Medical and sanitary report of the native army of Bengal for the year
Year: 1877
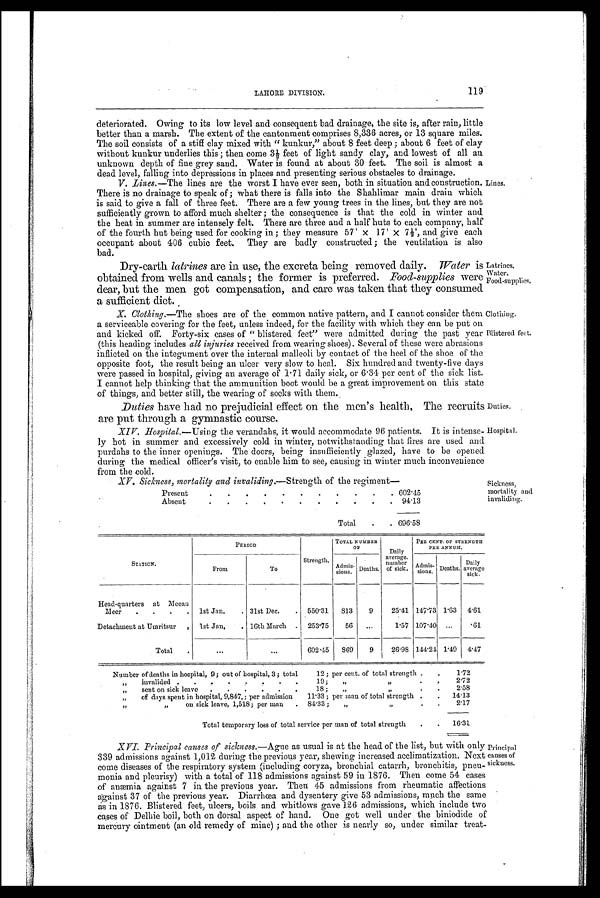
Clothing.
Blistered feet.
Duties.
Hospital.
LAHORE DIVISION.
119
deteriorated. Owing to its low level and consequent bad drainage, the site is, after rain, little
better than a marsh. The extent of the cantonment comprises 8,336 acres, or 13 square miles.
The soil consists of a stiff clay mixed with "kunkur," about 8 feet deep; about 6 feet of clay
without kunkur underlies this ; then come 3½ feet of light sandy clay, and lowest of all an
unknown depth of fine grey sand. Water is found at about 30 feet. The soil is almost a
dead level, falling into depressions in places and presenting serious obstacles to drainage.
V. Lines.—The lines are the worst I have ever seen, both in situation and construction.
There is no drainage to speak of; what there is falls into the Shahlimar main drain which
is said to give a fall of three feet. There are a few young trees in the lines, but they are not
sufficiently grown to afford much shelter ; the consequence is that the cold in winter and
the heat in summer are intensely felt. There are three and a half huts to each company, half
of the fourth hut being used for cooking in ; they measure 57' x 17' x 7½', and give each
occupant about 406 cubic feet. They are badly constructed ; the ventilation is also
bad.
Dry-earth latrines are in use, the excreta being removed daily. Water is
obtained from wells and canals ; the former is preferred. Food-supplies were
dear, but the men got compensation, and care was taken that they consumed
a sufficient diet.
Lines.
Latrines.
Water.
Food-supplies.
X. Clothing.—The shoes are of the common native pattern, and I cannot consider them
a serviceable covering for the feet, unless indeed, for the facility with which they can be put on
and kicked off. Forty-six cases of "blistered feet" were admitted during the past year
(this heading includes all injuries received from wearing shoes). Several of these were abrasions
inflicted on the integument over the internal malleoli by contact of the heel of the shoe of the
opposite foot, the result being an ulcer very slow to heal. Six hundred and twenty-five days
were passed in hospital, giving an average of 1.71 daily sick, or 6.34 per cent of the sick list.
I cannot help thinking that the ammunition boot would be a great improvement on this state
of things, and better still, the wearing of socks with them.
Duties have had no prejudicial effect on the men's health, The recruits
are put through a gymnastic course.
XIV. Hopital.— Using the verandahs, it would accommodate 96 patients. It is intense-
ly hot in summer and excessively cold in winter, notwithstanding that fires are used and
purdahs to the inner openings. The doors, being insufficiently glazed, have to be opened
during the medical officer's visit, to enable him to see, causing in winter much inconvenience
from the cold.
XV. Sickness, mortality and invaliding.—Strength of the regiment—
Present
.
.
.
.
.
.
.
.
.
.
.
602.45
Absent
.
.
.
.
.
.
.
.
.
.
. 94.13
Total
.
. 696.58
Sickness,
mortality and
invaliding.
STATION.
PERIOD
Strength.
TOTAL NUMBER
OF
Daily
average.
number
of sick.
PER CENT. OF STRENGTH
PER ANNUAL.
From
To
Admis-
sions. Deaths.
Admis-
sions. Deaths.
Daily
average
sick-
Head-quarters at Meean
Meer
.
.
.
.
1st Jan.
. 31st Dec.
.
550.31
813
9
25.41 147.73 1.63
4.61
Detachment at Umritsur
,
1st Jan. . 16th March
.
253.75
56
...
1.57 107.40 ...
.61
Total
...
...
602.45
869
9 26.98 144.21 1.49 4.47
Number of deaths in hospital, 9 ; out of hospital, 3 ; total
12 ; per cent. of total strength .
. 1.72
„
invalided .
.
.
.
.
.
.
.
19;
,, ,,
.
. 2.72
„
sent on sick leave
.
.
.
.
.
.
18 ;
,, ,,
.
2.58
„
of days spent in hospital, 9,847, ; per admission
11.33 ; per man of total strength .
. 14.13
,, ,,
on sick leave, 1,518; per man
.
84.33;
„
,,
.
.
2.17
Total temporary loss of total service per man of total strength
.
.
16.31
XVI. Principal causes of sickness.— Ague as usual is at the head of the list, but with only
339 admissions against 1,012 during the previous year, shewing increased acclimatization. Next
come diseases of the respiratory system (including coryza, bronchial catarrh, bronchitis, pneu-
monia and pleurisy) with a total of 118 admissions against 59 in 1876. Then come 54 cases
o f a n æ m i a a g a i n s t 7 i n t h e p r e v i o u s y e a r . T h e n 4 5 a d m i s s i o n s f r o m r h e u m a t i c a f f e c t i o n s
against 37 of the previous year. Diarrhœa and dysentery give 53 admissions, much the same
as in 1876. Blistered feet, ulcers, boils and whitlows gave 126 admissions, which include two
cases of Delhie boil, both on dorsal aspect of hand. One got well under the biniodide of
mercury ointment (an old remedy of mine) ; and the other is nearly so, under similar treat-
Principal
causes of
sickness.